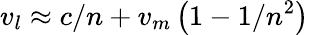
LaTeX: v_{l}\approx c/n+v_{m}\left(1-1/n^{2}\right)